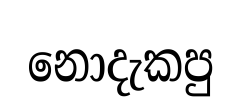
නොදැකපු